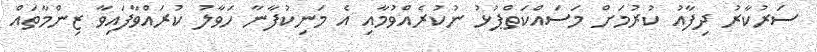
ސަރުކާރު ދިފާއު ކުރުމަށް މަސައްކަތްޕުޅު ނުކުރެއްވުމާއި އެ މަނިކުފާނާ ހަވާލު ކުރައްވާފައިވާ ޒިންމާތައް